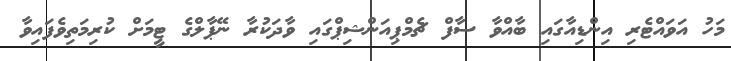
މަހު އަވައްޓެރި އިންޑިއާގައި ބާއްވާ ސާފް ޗެމްޕިއަންޝިޕްގައި ވާދަކުރާ ނޭޕާލްގެ ޓީމަށް ކުރިމަތިވެފައިވާ